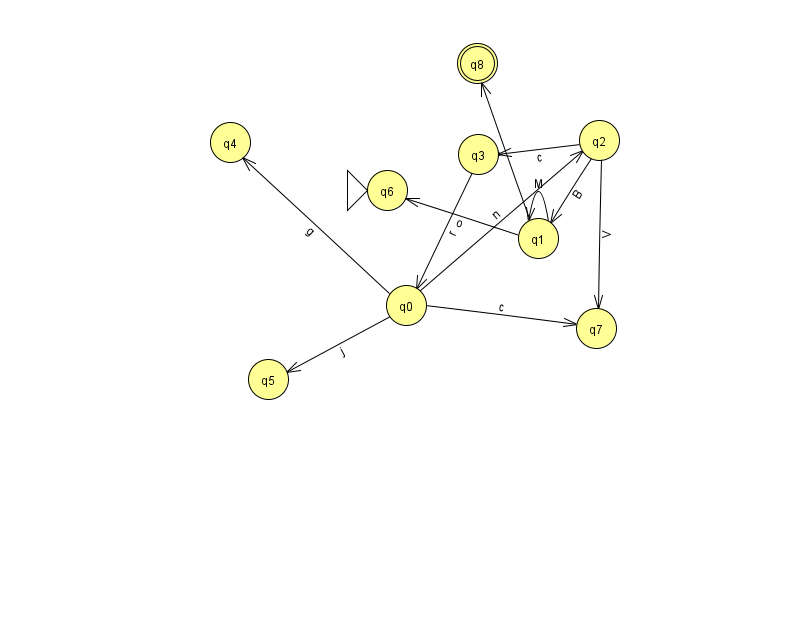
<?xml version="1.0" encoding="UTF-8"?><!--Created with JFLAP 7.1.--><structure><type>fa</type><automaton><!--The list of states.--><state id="0" name="q0"><x>406.0</x><y>292.0</y></state><state id="1" name="q1"><x>538.0</x><y>225.0</y></state><state id="2" name="q2"><x>599.0</x><y>127.0</y></state><state id="3" name="q3"><x>478.0</x><y>141.0</y></state><state id="4" name="q4"><x>230.0</x><y>129.0</y></state><state id="5" name="q5"><x>268.0</x><y>366.0</y></state><state id="6" name="q6"><x>387.0</x><y>177.0</y><initial/></state><state id="7" name="q7"><x>596.0</x><y>315.0</y></state><state id="8" name="q8"><x>477.0</x><y>50.0</y><final/></state><!--The list of transitions.--><transition><from>2</from><to>7</to><read>V</read></transition><transition><from>2</from><to>3</to><read>c</read></transition><transition><from>0</from><to>2</to><read>n</read></transition><transition><from>2</from><to>1</to><read>B</read></transition><transition><from>0</from><to>5</to><read>j</read></transition><transition><from>0</from><to>7</to><read>c</read></transition><transition><from>0</from><to>4</to><read>g</read></transition><transition><from>1</from><to>6</to><read>o</read></transition><transition><from>1</from><to>8</to><read>d</read></transition><transition><from>3</from><to>0</to><read>r</read></transition><transition><from>1</from><to>1</to><read>M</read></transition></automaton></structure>